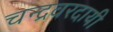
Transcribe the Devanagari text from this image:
चन्द्रवरदायी